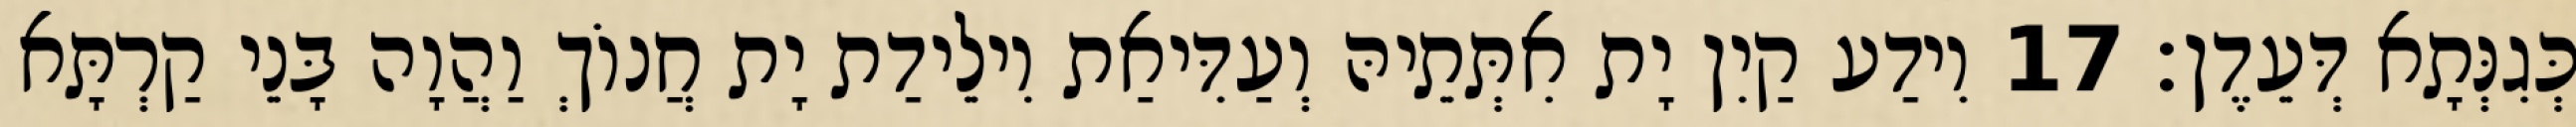
כְּגִנְּתָא דְּעֵדֶן׃ 17 וִידַע קַיִן יָת אִתְּתֵיהּ וְעַדִּיאַת וִילֵידַת יָת חֲנוֹךְ וַהֲוָה בָּנֵי קַרְתָּא